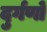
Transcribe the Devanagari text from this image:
दुर्गणों